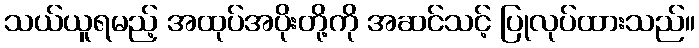
သယ်ယူရမည့် အထုပ်အပိုးတို့ကို အဆင်သင့် ပြုလုပ်ထားသည်။